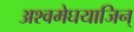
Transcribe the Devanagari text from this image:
अश्वमेघयाजिन्